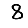
Digit: 8